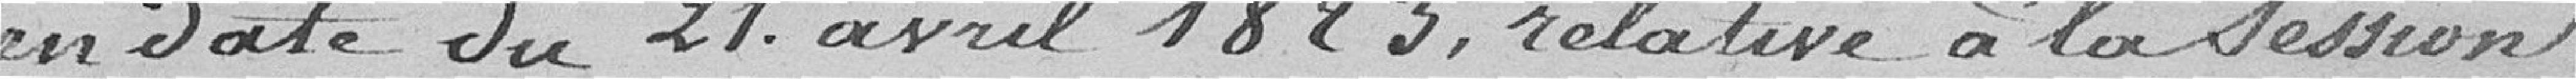
en date du 21 avril 1823, relative à la session